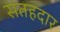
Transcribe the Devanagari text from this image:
सतहदार